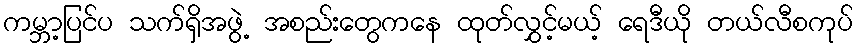
ကမ္ဘာ့ပြင်ပ သက်ရှိအဖွဲ့ အစည်းတွေကနေ ထုတ်လွှင့်မယ့် ရေဒီယို တယ်လီစကုပ်